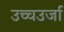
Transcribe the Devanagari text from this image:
उच्चउर्जा